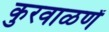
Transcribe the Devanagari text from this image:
कुरवाळणें